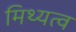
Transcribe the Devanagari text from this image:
मिथ्यत्व